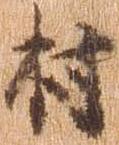
村